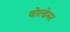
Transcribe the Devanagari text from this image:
वोल्डेमर